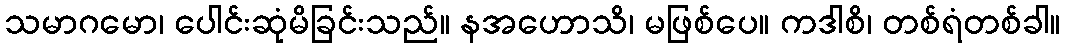
သမာဂမော၊ ပေါင်းဆုံမိခြင်းသည်။ နအဟောသိ၊ မဖြစ်ပေ။ ကဒါစိ၊ တစ်ရံတစ်ခါ။